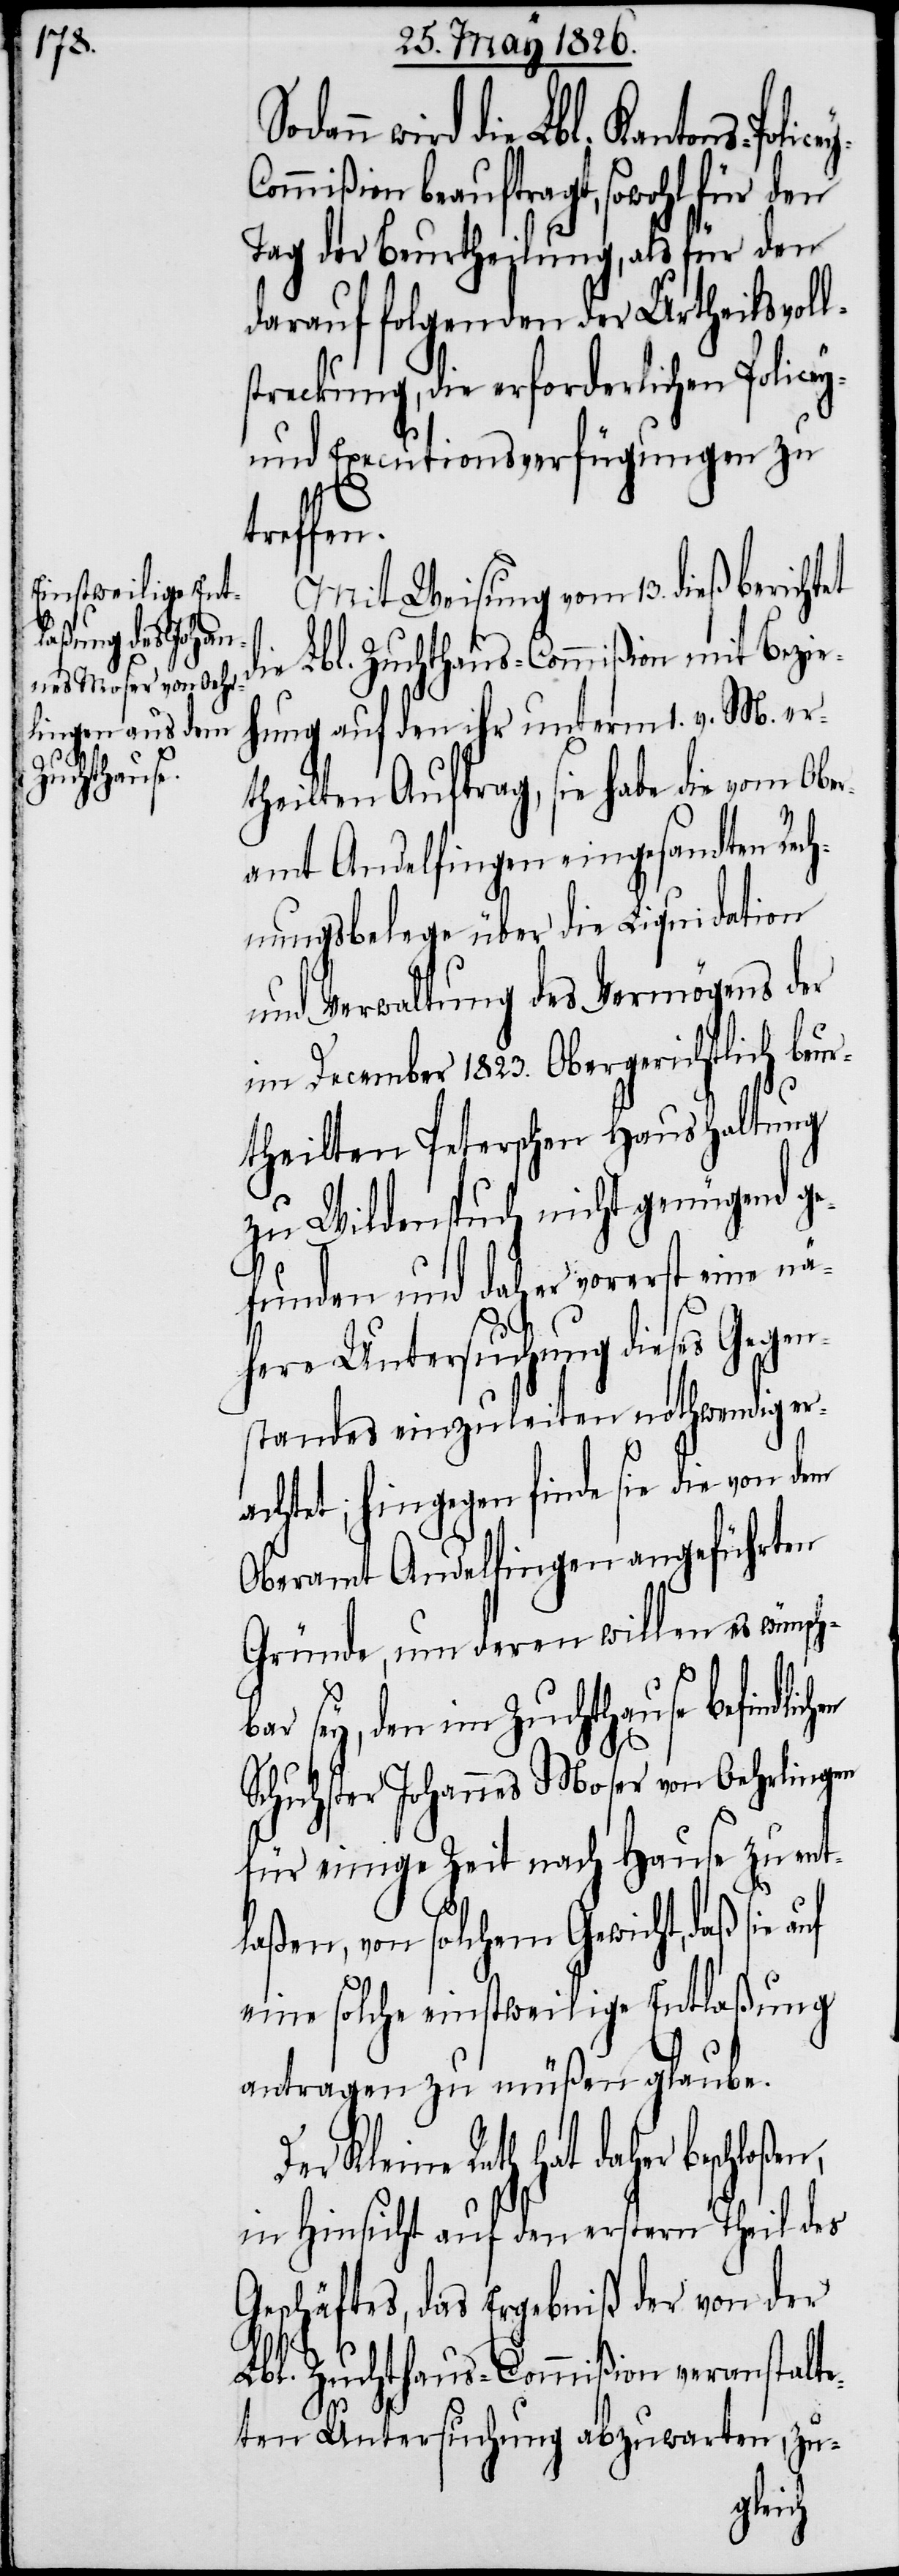
cey-C¬

wird die Lbl. Kantons-Poli¬
ommißion beauftragt, sowohl für den
Tag der Beurtheilung, als für den
darauf folgenden der Urtheilsvoll¬
streckung, die erforderlichen Policey-
und Executionsverfügungen zu
treffen.
Mit Weisung vom 13. dieß bericht¬
die Lbl. Zuchthaus-Commißion mit Bezie¬
hung auf den ihr unterm 1. v. M. er¬
theilten Auftrag, sie habe die vom Obe¬
ramt Andelfingen eingesandten Rech¬
nungsbelege über die Liquidation
und Verwaltung des Vermögens der
im December 1823. Obergerichtlich beur¬
theilten Peterschen Haushaltung
zu Wildenspuch nicht genügend ge¬
et
funden und daher vorerst eine nä¬
here Untersuchung dieses Gegen¬
standes einzuleiten nothwendig er¬
achtet; hingegen finde sie die von
Oberamt Andelfingen angeführten
Gründe, um deren willen es wünsch¬
bar sey, den im Zuchthause befindlic¬
Schuhster Johannes Moser von Oehrlingen
für einige Zeit nach Hause zu ent¬
laßen, von solchem Gewicht, daß sie
eine solche einstweilige Entlaßung
antragen zu müßen glaube.
Kleine Rath hat daher beschloßen,
in Hinsicht auf den erstern Theil des
Geschäftes, das Ergebnis der von der
Lbl. Zuchthaus-Commißion veranstalt¬
eten Untersuchung abzuwarten, zu-
hen